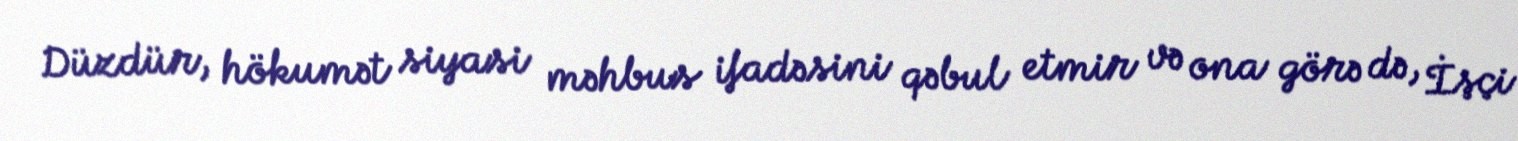
Düzdür, hökumət siyasi məhbus ifadəsini qəbul etmir və ona görə də, İşçi